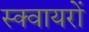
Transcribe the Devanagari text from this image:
स्क्वायरों